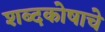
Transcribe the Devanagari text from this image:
शब्दकोषाचे